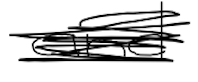
Text: and
Cross-out: scratch
Writing tool: digital_black